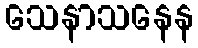
သေနာသနေန